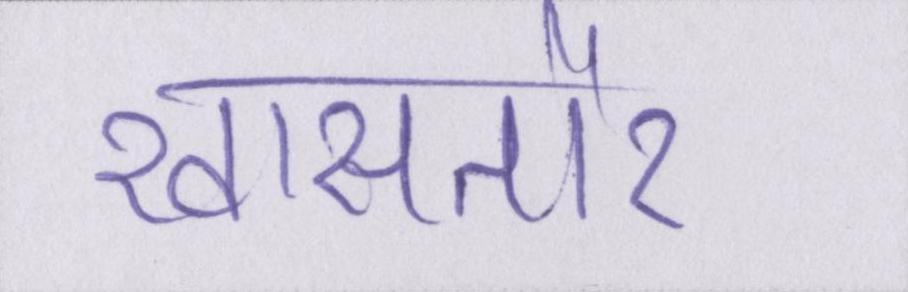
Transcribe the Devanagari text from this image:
खासतौर